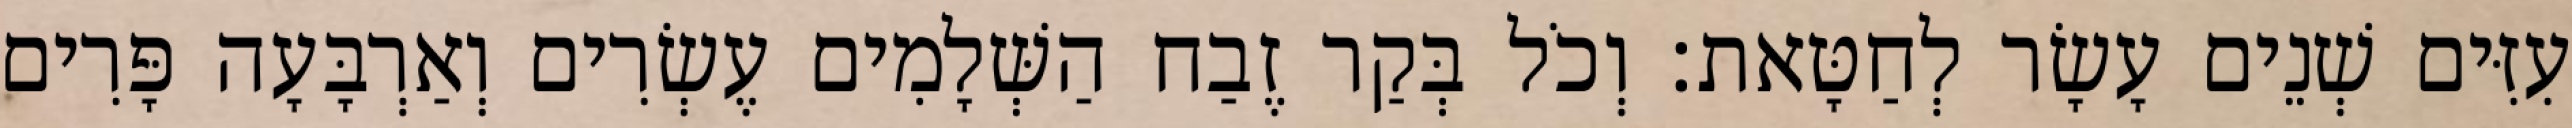
עִזִּים שְׁנֵים עָשָׂר לְחַטָּאת׃ וְכֹל בְּקַר זֶבַח הַשְּׁלָמִים עֶשְׂרִים וְאַרְבָּעָה פָּרִים